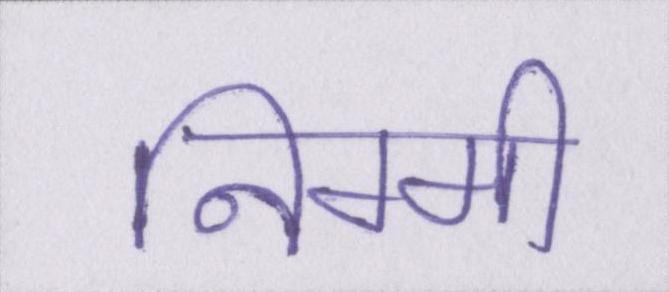
निम्मी